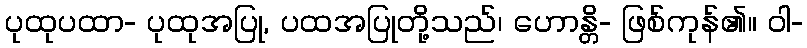
ပုထုပထာ- ပုထုအပြု, ပထအပြုတို့သည်၊ ဟောန္တိ- ဖြစ်ကုန်၏။ ဝါ-